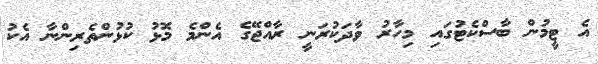
އެ ޓީމުން ބާސްކެޓުގައި މިހާރު ވާދަކުރަނީ ރާއްޖޭގެ އެންމެ މޮޅު ކުޅުންތެރިންނާ އެކު